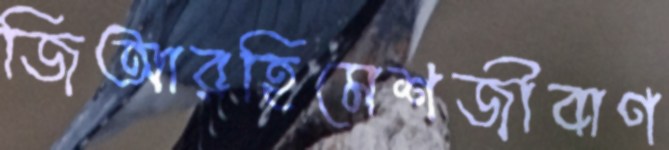
জিআরহিমেশজীবাণ